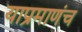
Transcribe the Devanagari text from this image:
याप्रमाणंच